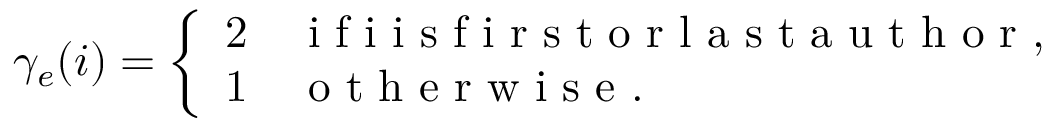
\gamma _ { e } ( i ) = \left\{ \begin{array} { l l } { 2 \quad \mathrm { ~ i ~ f ~ i ~ i ~ s ~ f ~ i ~ r ~ s ~ t ~ o ~ r ~ l ~ a ~ s ~ t ~ a ~ u ~ t ~ h ~ o ~ r ~ } , } \\ { 1 \quad \mathrm { ~ o ~ t ~ h ~ e ~ r ~ w ~ i ~ s ~ e ~ . ~ } } \end{array} \right.